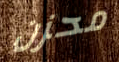
محزن